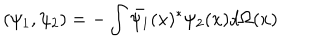
( \psi _ { 1 } , \psi _ { 2 } ) = - \int \bar { \psi _ { 1 } } ( x ) ^ { * } \psi _ { 2 } ( x ) d \Omega ( x )